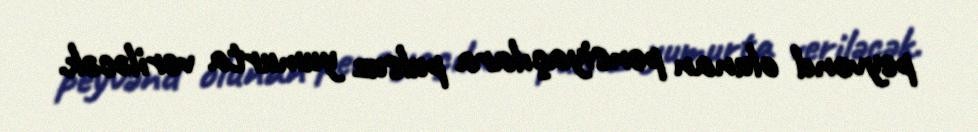
peyvənd olunan pensiyaçılara pulsuz yumurta veriləcək.